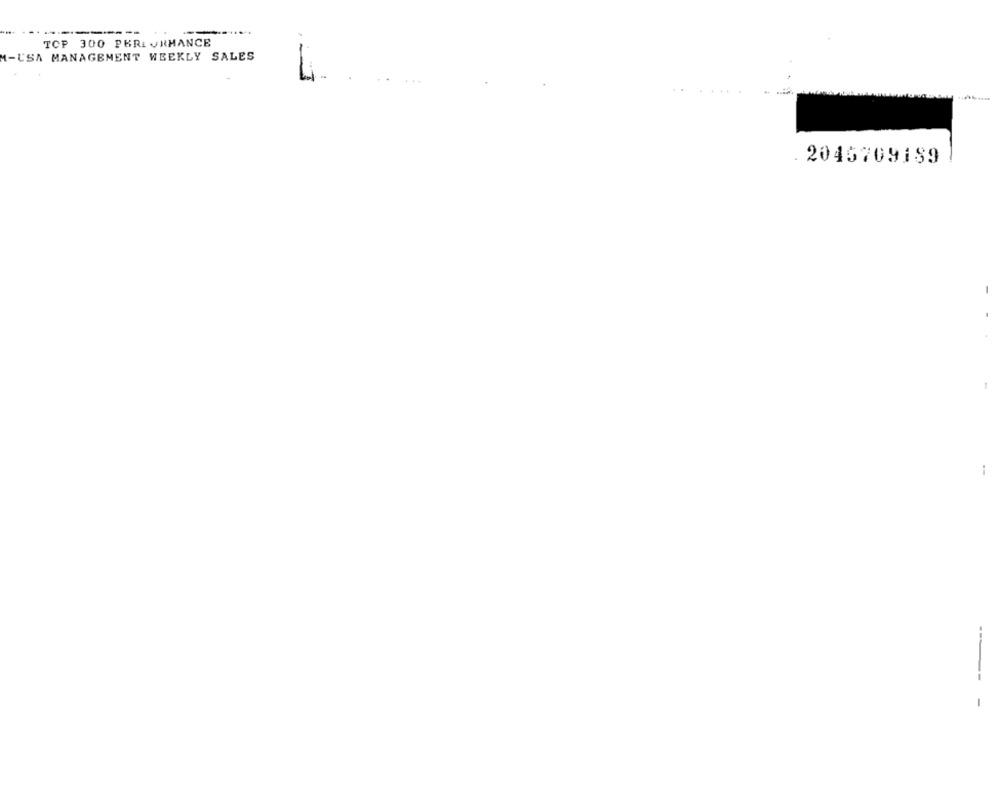
--
----....
TOP 300 PEREVRMANCE
M-USA MANAGEMENT WEEKLY SALES
.......
2046709189
-
----
-